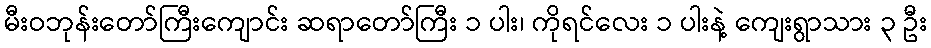
မီးဝဘုန်းတော်ကြီးကျောင်း ဆရာတော်ကြီး ၁ ပါး၊ ကိုရင်လေး ၁ ပါးနဲ့ ကျေးရွာသား ၃ ဦး